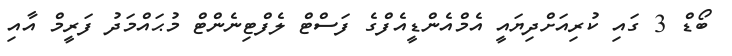
ބޯޑް 3 ގައި ކުރިއަށްދިޔައީ އެމްއެންޑީއެފްގެ ފަސްޓް ލެފްޓިނެންޓް މުޙައްމަދު ފަރީމް އާއި